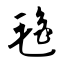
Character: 氇